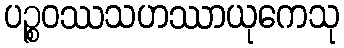
ပဉ္စဝဿသဟဿာယုကေသု